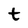
Character: t